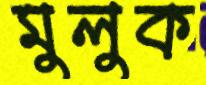
মুলুক